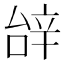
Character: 辝